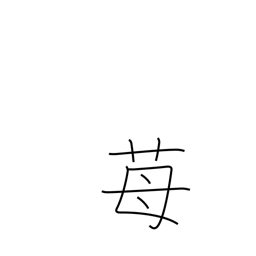
Meaning: strawberry